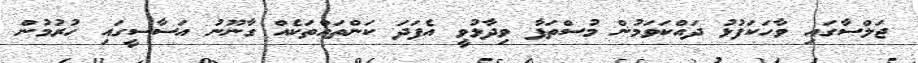
ޖަލްސާގައި ވާހަކަފުޅު ދައްކަވަމުން މުސްތަފާ ވިދާޅުވީ އެފަދަ ކަންތައްތަކެއް ގާނޫނު އަސާސީގައި ހުރުމުން